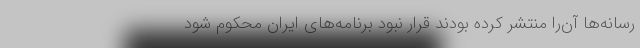
رسانه‌ها آن‌را منتشر کرده بودند قرار نبود برنامه‌های ایران محکوم شود